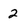
Character: 2